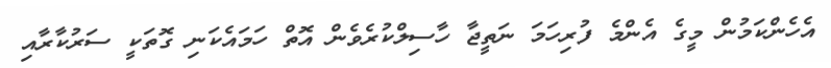
އެހެންކަމުން މީގެ އެންމެ ފުރިހަމަ ނަތީޖާ ހާސިލްކުރެވެން އޮތް ހަމައެކަނި ގޮތަކީ ސަރުކާރާއި